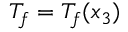
T _ { f } = T _ { f } ( x _ { 3 } )